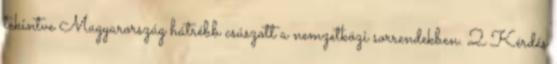
tekintve Magyarország hátrébb csúszott a nemzetközi sorrendekben. 2 Kérdés